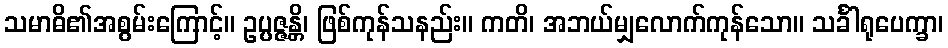
သမာဓိ၏အစွမ်းကြောင့်။ ဥပ္ပဇ္ဇန္တိ၊ ဖြစ်ကုန်သနည်း။ ကတိ၊ အဘယ်မျှလောက်ကုန်သော။ သင်္ခါရုပေက္ခာ၊